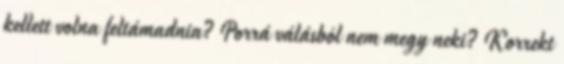
kellett volna feltámadnia? Porrá válásból nem megy neki? Korrekt